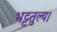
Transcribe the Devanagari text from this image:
भट्टतुल्य।